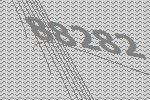
88282